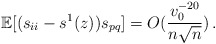
\begin{align*}\mathbb{E}[(s_{ii} -s^1(z))s_{pq}] =O(\frac{v_0^{-20}}{n \sqrt{n}})\,.\end{align*}